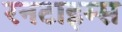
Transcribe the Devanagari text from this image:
रनटाइम्स